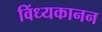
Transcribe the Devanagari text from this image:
विंध्यकानन